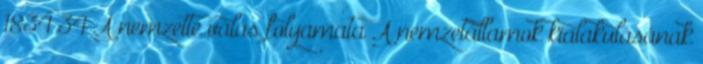
1834 34 A nemzetté válás folyamata A nemzetállamok kialakulásának